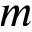
m